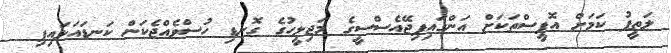
ލަތީފު ކަމަށް އޮފީސްތަކަށް އަންގައިފިޖޭއެސްސީގެ މަޖިލީހުގެ ގޮނޑި ހުސްވެއްޖެކަން ކަނޑައަޅައިފި